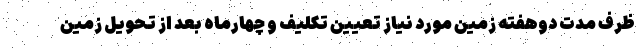
ظرف مدت دوهفته زمین مورد نیاز تعیین تکلیف و چهارماه بعد از تحویل زمین